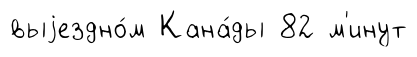
выjездно́м Кана́ды 82 м'инут